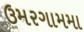
ઉમરગામમા